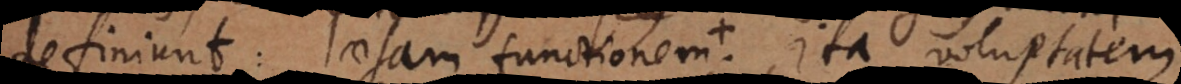
definiunt: laesam functionem, ita voluptatem